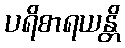
ပရိစာရယန္တိ